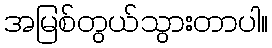
အမြစ်တွယ်သွားတာပါ။